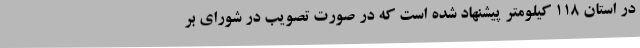
در استان 118 کیلومتر پیشنهاد شده است که در صورت تصویب در شورای بر